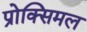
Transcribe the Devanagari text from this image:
प्रोक्सिमल